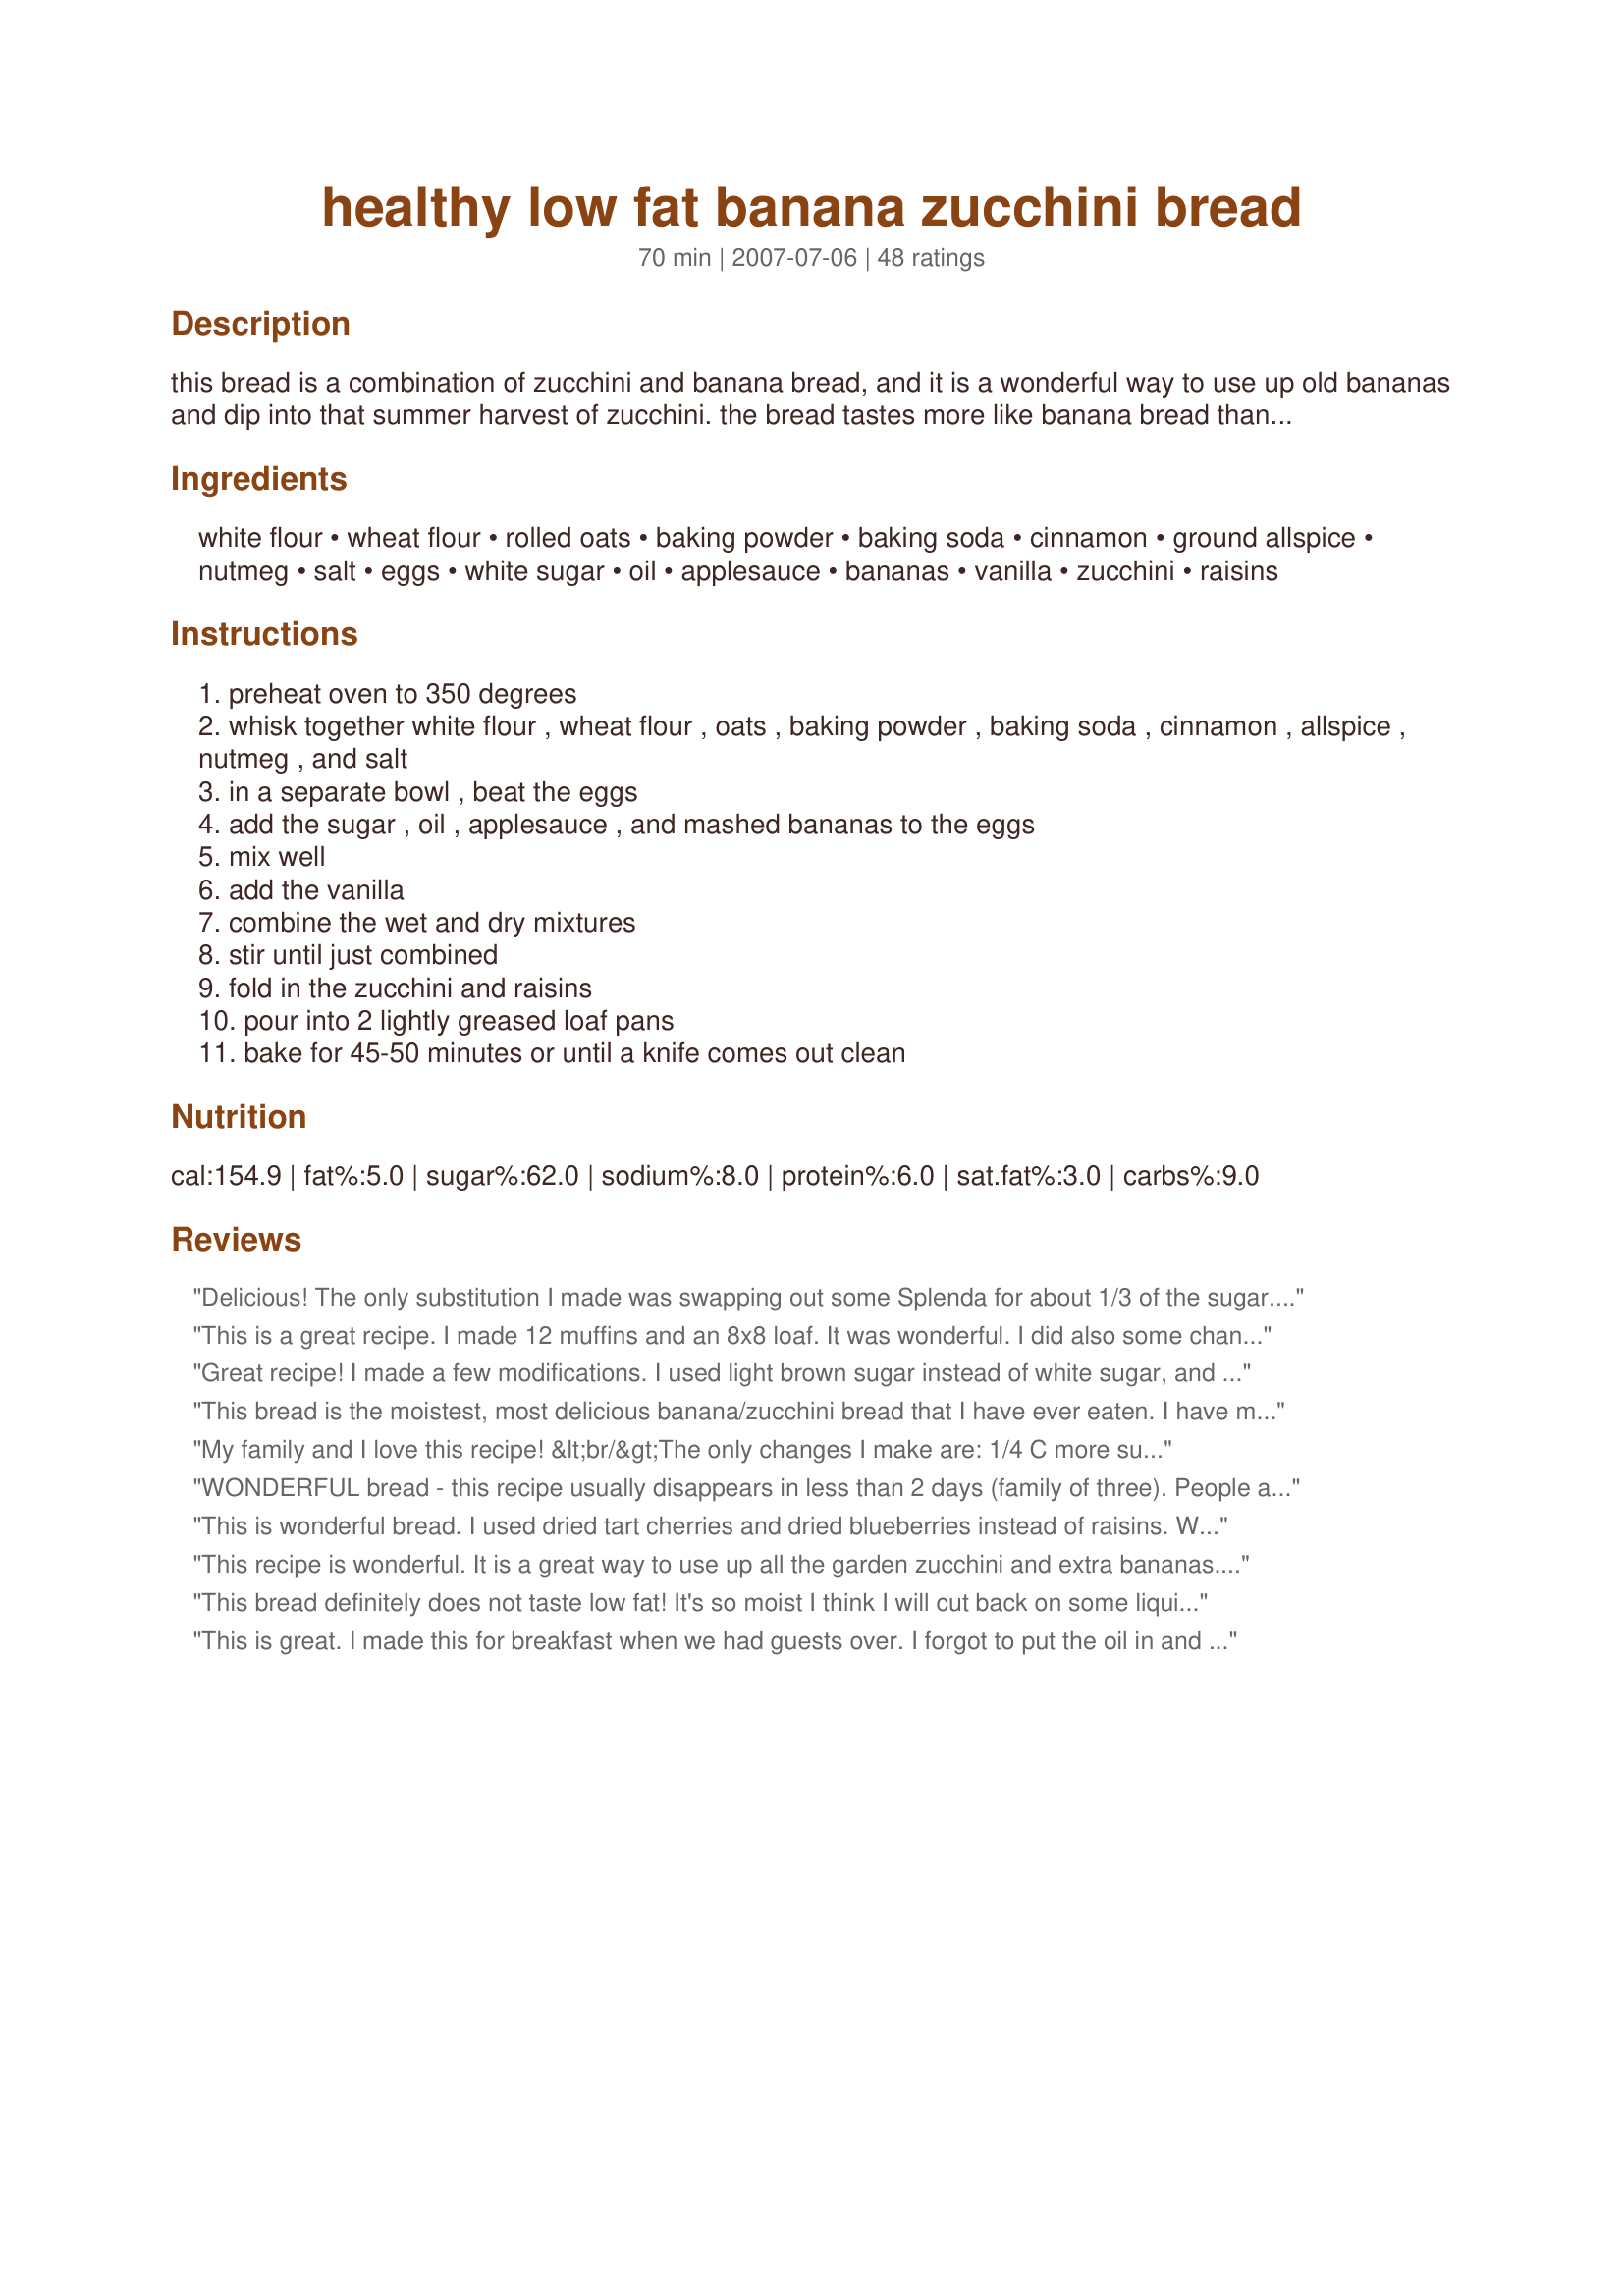
healthy low fat banana zucchini bread
Preparation time: 70 minutes

this bread is a combination of zucchini and banana bread, and it is a wonderful way to use up old bananas and dip into that summer harvest of zucchini. the bread tastes more like banana bread than zucchini bread, but it has the added nutritional benefits of vegetables. this bread is lower in fat that the standard banana/zucchini bread because applesauce replaces some of the oil in the recipe. still using some oil, however, will prevent the bread from getting rubbery. experiment by using pumpkin instead of bananas during the autumn months or by adding walnuts and dates! this recipe makes 2 loaves. enjoy!

Ingredients:
white flour, wheat flour, rolled oats, baking powder, baking soda, cinnamon, ground allspice, nutmeg, salt, eggs, white sugar, oil, applesauce, bananas, vanilla, zucchini, raisins

Steps:
preheat oven to 350 degrees
whisk together white flour , wheat flour , oats , baking powder , baking soda , cinnamon , allspice , nutmeg , and salt
in a separate bowl , beat the eggs
add the sugar , oil , applesauce , and mashed bananas to the eggs
mix well
add the vanilla
combine the wet and dry mixtures
stir until just combined
fold in the zucchini and raisins
pour into 2 lightly greased loaf pans
bake for 45-50 minutes or until a knife comes out clean

Reviews:
Delicious! The only substitution I made was swapping out some Splenda for about 1/3 of the sugar.... and I forgot the vanilla. Used raisins and chopped pecans, combined to make 1 cup. So moist and delicious!!!! Will definitely make again!
This is a great recipe. I made 12 muffins and an 8x8 loaf. It was wonderful. I did also some changes; I too used whole wheat for the whole recipe, I didn't have an ripe bananas, so I used 2 ripe plantains, I only had about 1 1/4 cup of zucchini, about 1/4 cup applesauce, and I used 4 large eggs. It only took about 30 minutes too cook. And I could have taken it out sooner. It takes best with a 10 zap in the microwave. Oh yeah I also added some 1/2 cup plain Greek yogurt for the lack of zucchini and plantains and to ensure it was moist. (I would have used sour cream, but that was low too). All and all I really like this recipe!
Great recipe! I made a few modifications. I used light brown sugar instead of white sugar, and substituted 2 tbsp ground flax seed and 6 tbsp water for two of the eggs in the recipe. I also added in two shredded carrots. The one modification I made that I probably won't do next time was a reduction in salt. I only added about 1/2 of a teaspoon. Still tastes great, but the full teaspoon of salt is probably needed. Great and healthy breakfast for my family.
This bread is the moistest, most delicious banana/zucchini bread that I have ever eaten. I have made this recipe (doubled)four times within last 2 weeks. College kids love it because it's lo-fat and most definitely does not taste lo-fat. It's a great way to use up over-ripe bananas and extra large zucchini(remove outer skin and seedy pulp,and chop in a food processor. As a change, I add 1/2 cup Craisins and 1/2 cup walnuts (instead of 1 cup of raisins). Thank you -this recipe is a keeper!
My family and I love this recipe! &lt;br/&gt;The only changes I make are: 1/4 C more sugar, plus, I add: shaved coconut, walnuts, chocolate chunks and flax seed. This makes the bread even healthier!
WONDERFUL bread - this recipe usually disappears in less than 2 days (family of three). People are always surprised when I tell them this bread is lowfat and contains whole grains. I make them into mini breads (usually needs the full baking time). I prefer 1/2 + cup of chocolate chips, 1/2 c walnuts, and omit the raisins. Great use of leftover bananas and zucchini.
This is wonderful bread. I used dried tart cherries and dried blueberries instead of raisins. Will make this again.
This recipe is wonderful. It is a great way to use up all the garden zucchini and extra bananas. I tried it with raisins and walnuts. It was extremely moist. Next I might try it as muffins with a crumb topping!
This bread definitely does not taste low fat! It's so moist I think I will cut back on some liquid next time, maybe squeeze the liquid out of the zucchini before baking. I added about 1 1/2 cups very ripe bananas and cut the oil to 3 tbs. I love the texture from the oats! I added chocolate chips to one loaf. One thing was, the top was getting very dark before the center was cooked so I covered it with foil for the last 10 minutes. Thanks!
This is great. I made this for breakfast when we had guests over. I forgot to put the oil in and we could not tell. This is a great recipe to help me clean out the zucchini and bananas out of the freezer. We mad one regular loaf and 3 smaller loaves. Worked great!
Hi! I have made this recipe many many times over the last few years and our entire family loves it, including the 5-year old! I have taken it through many iterations based on whatever dietary change I'm going for and the taste is always wonderful. I'm currently on a no-dairy, little-to-no wheat kick, so I've altered the recipe using brown rice flour, ground flax water instead of eggs, applesauce agave nectar additional banana instead of oil and sugar. I haven't used any other recipe since finding this one, thank you so much for including it!!
Very good, I added a few chocolate chips to entice the kids.
I made 3 different zucchini bread recipes this weekend...and this was definitely the best of the bunch! Great flavor, very moist and hands-down the best. It was very good fresh out of the oven. I especially like that there isn't a CUP of OIL in this recipe! (like most other recipes for zucchini bread.) It was a tiny bit rubbery - but that is a small trade-off - for a MUCH healthier final product.
This was a good solid base bread that stood up well to the changes I made to make it even healthier. Something I did notice was that it was cooked perfectly at 35 minutes. I divided the batter between pampered chef full size and 2 mini stone loaf pans. On a whim, I used a raisin based snack mix (Fisher brand) for the additive and that was lots of fun...something different in every bit and yet it worked.
Thanks for taking the time to post this one! I'll definately make it again!
Wow, this was good! I used craisins. Loved the texture with the oats and the fruit. I had to make a home-made applesauce because DH ate all the jarred stuff, but it was really great. I only used 1 C of sugar since my bananas were REALLY ripe, and I only used about 1-1/2 T oil. I'll make this again!
Oops, I forgot to add the oil. I made these into muffins (I got 21), and I thought that these would be ruined. They were fantastic, and I saved 500 calories by not adding the oil. I did make sure not to overbake them, and I also put them into the freezer once they were cool to help prevent drying them out. One other change I made was to use 1/4 brown sugar and about 3/4 cup splenda. I also used eggbeaters - 286 calroies for 4 eggs vs. only 120 calories for 1 cup of eggbeaters. With my changes and accidental ommission, I've got these pegged at 108.9 calories each, and two of these make a very flling breakfast! I'll be making these again soon, and maybe switching out the raisins for dried cranberries and adding some orange extract. Yum!
Very good, I have made this many times. Cut back on sugar to 1/2 cup+1/2 cup bronw sugar blend from splenda. If you like add 1/2 cup of coconut flakes.
This is a tasty recipe. I made4 muffins and only cooked 22 minutes. Perfect. Good flavors. I added about 1/4 raw chia seeds to batter and sub&#039;d the yogurt for the oil/applesauce and whole wheat flour for white; sprinkled chia seeds on top. Loaf of Bread is in the oven now. This recipe has a heavy consistency to me. Nicely browned all around.
Love it! The only thing I changed is I used 2/3 c. sugar and 1/3 c. agave nectar instead of 1 1/4 c. of sugar. It still tasted pretty sweet, so I'll reduce it even more next time I make it. But what a yummy bread!!! And so healthy! Thank you!
I made this recipe into one (shorter) loaf and 12 muffins and they turned out great. I cooked the muffins for 20 minutes and the loaf for about 35. I made a few tweaks based on what I had on hand and to make it a bit healthier. I used 1 1/2 cups whole wheat flour and 1/2 cup white, subbed out the oil and applesauce for 1 cup of regular plain yogurt (didn't have Greek but regular did the trick!), only used cinnamon of the three spices and added a dash of extra vanilla, cut the sugar to 1/2 cup, and added chocolate chips and frozen blueberries to make up some sweetness :) I used 3 1/2 bananas instead as I had extra on hand that needed to be used. I didn't add raisins but did use walnuts. Turned out really moist and delicious, would definitely make this way again!
I absolutely loved this banana zucchini. Didn't taste low-fat at all, it was very moist, and very flavorful. I used fresh spices on this (Never used old spices in anything) and 1/2 cup raisins and 1/2 chopped walnuts! Delicious and I'll definitely make this one again!
This bread is the best! I used 1 cup of granulated Splenda in place of the sugar and it came out great! A friend added 2 scoops of whey protien powder (vanilla) and backed off the sugar a bit to give it more protein. I also made a pan of muffins and one loaf to make it easier to share. As a gardener, I need recipes that use up all my zucchini! Enjoy!!!
Awesome! Very moist, flavorful, but not overwlemingly sweet. I served them to my family as muffins, and all 16 of us enjoyed them! Thank you!
YUMMY!!! I used cinnamon flavored applesauce, only one cup of zucchini (all I had), an extra half of banana, instant oats and walnuts and I think it turned out to be one of the best banana breads I've ever had! And I don't feel guilty eating it :)
I had bananas and zucchini to use up so this was the perfect recipe! I did make 2 loaves, but used mini choc chips for one & regular choc chips for the other. I preferred the one with regular choc chips; gave it a rich flavor while still being packed with veggies & fruit! I only used cinnamon; omitted the other spices--and about 1 1/2 cups mashed bananas. I squeezed the moisture out of the zucchini, which I think is very helpful, and used Eggbeaters as well! It didn't rise as high as I'd like but other than that it was great. thank you for sharing!
This is a very good bread! I had 3 over-ripe bananas and a yellow zucchini that gave me just slightly over the 2 cups needed. I reduced the sugar to 3/4 cup, and only used 3 eggs (figured the batter was wet enough from the extra banana and zucchini). I love the texture of the oats in this bread, too. The loaves were dense & moist; next time I think I will use the additional egg (or egg subsitute), and sprinkle cinnamon sugar on top before baking. Delicious! Thanks for posting -M =)
Very moist cake. I also made a couple of modifcations I only used two whole eggs and egg whites and no allspice but doubled the cinnamon. I might try a few of the mods listed in reviews next time. This is a keeper.
I thought this was great even with the mods I made to make it even more healthy, so I am sure if made as written it would be fabulous! The changes I made were to use all whole wheat pastry flour, cut the sugar to 1 cup, added extra cinnamon, subbed flaxmeal + water for eggs and skipped the oil in favor of an extra banana. I actually thought it tasted more ;ike zucchini than banana bread, but either way it's very moist and yummy!
This is a great recipe. Growing up, we always had zucchini bread with pineapple in it, so I substituted 1 canned of crushed pineapple, drained, for the apple sauce. I also only had one very ripe banana, so that's all I put in. Came out very tasty!
Delicious! I omitted all spices, and used about 1/2 cup both brown and white sugar and used crooked neck squash. It's not a strong banana or squash flavor, it's a combination of both. I plan on making this again, it's a healthy-ish and yummy way to use of all that squash
I&#039;ve made this recipe several times now and it is my favorite zucchini bread recipe. It has amazing flavor and turns out perfectly moist without being oily. I am always searching for delicious healthy recipes and I&#039;m very happy that this was shared. It is a keeper!
This bread is excellent. I wanted something I could use to sneak some nutrition down my 2 year old grandson. I changed it a little bit, cut down sugar to 1 cup, substituted 1 C. of plain greek yogurt for the oil and applesauce, and only used 1 banana. It's so delicious! I doubled the batch to freeze some to send home with my daughter! Can't go wrong with this!
I have made this 3-4 times now and every time it is absolutely delicious! Everyone who tries this bread, loves it. I made a few substitutions in mine, but I'm sure as written would be just as good. I use spelt flour and brown rice flour in place of the whole wheat and white flour. I omitted the allspice and doubled the cinnamon. I also added an extra banana. So moist I love this bread! Oh... and I also substituted 1/2 cup plain greek-style yogurt in place of the oil.
YUM. This bread turned out GREAT! Despite the fact that I didn't have applesauce, baking soda, allspice, or nutmeg. I used flax seed oil for the oil, and I added a 1/3c. of crushed flax seed as well. I used all white whole wheat flour, and used an extra banana in place of my lack of applesauce. I was really surprised how much the loaves rose too! So so so good. Thanks for the recipe! :)
I made this as a loaf and as muffins. I liked that it was not overly sweet. The texture was great, I didn't feel it was rubbery at all and I especially liked the texture the oatmeal added. I did sub butter for oil and omitted the allspice. This is a recipe I will use again.
This was really good. Skipped the raisins because I didn't have any. Great flavor.
Super Tasty! I cut down on the sugar and replaced with honey. We give it 5 STARS! :)
This was so delicious! I used an extra banana and less apple sauce to use up some extra bananas, I also reduced the sugar to 3/4 cup and next time I make it i might even reduce it to 1/2 cup. I made the recipe into muffins and it made 30 of them.
The first time I made this, I made it exactly as written. The second time I made it, I followed the suggestions of another review. I used ALL whole wheat flour, and used 1 cup of plain Greek no fat yogurt in place of the oil and applesauce. Plus I used 3 bananas, extra vanilla, extra cinnamon, and 3 whole eggs and 1 egg white. I used 1 cup of sugar and put vanilla almond cereal crumbled up on top. Due to personal preference, I omitted the raisins, nuts, and the other 2 spices besides the cinnamon. Both versions were good so I&#039;ll probably make it again doing it the second way which was even more healthy.
Very tasty alternative to a fatter banana bread. I used 1/2 cup Splenda and 1/2 cup brown sugar as white sugar substitute. I also used Craisins, but no walnuts (wife allergic). Good bread!
This was really good, stayed moist for quite a few days and tasted lovely, both kids enjoyed..I did cut back on the sugar as my bananas were very ripe and used both coconut oil &amp; coconut sugar for more nutrition. Loved it, thanks for posting!
Very Yummy! The texture turned out great! I used quick oats, ww pastry flour, and just walnuts. To the flour mixture I added some ground flaxseed. Next time, I am going to try it with egg beaters. Great recipe! Thank you!
Used only whole wheat flour for my muffins. Substituted the oil for my latest miracle ingredient....Plain Non-Fat Greek Yogurt! 1 cup of yogurt instead of the oil/applesauce combo. Less calories, less sugar, and mega protein! I used only 1/2 cup sugar. I will try adding an extra banana and completely omitting extra sugar next time. I used cranberries so that upped the sweetness. Also added 1/2 cup ground flax seed. AND since everyone loves a crunchy topping on their muffin, but streusel is sooo not healthy.... I used Kashi GoLean Crunch on top! Just crushed it a little bit smaller. Again a little bit of extra protein :-) Baked 25 minutes, rotating pan halfway through. Made 24 muffins.
Made it. Ate it. Loved it. It&#039;s a keeper! It isn&#039;t often we have every single ingredient for such a recipe, and considering there were multiple ingredients, I was thrilled. I used golden raisins, which gave it a light look, and a pleasant taste. The breads turned out absolutely fabulous. My concern was the oatmeal, thinking it might make the bread dry. Quite the contrary. This recipe will be printed and will stay in my frequently used files. Thank you!
This is a no fail recipe, TRUE!
LOVE is love fat, healthy for me too!
TERRIFIC smells invaded my kitchen today!
This recipe really MADE MY DAY!
Wow, this bread was mmm mmm good. I followed the recipe with a couple of minor changes. I used granulated splenda for baking, egg whites instead of eggs, 1/2 c. raisins with 1/2 c. chopped pecans. This bread turned out really moist and delicious. Thanks Chef-girl-OV!
So yummy! The changes I made were purely due to lack of certain ingredients, but they (I made cupcakes instead of loaves) turned out delicious! I used all unbleached white flour, subbed one cup of pumpkin pur&eacute;e for one zucchini, used 3/4 cup coconut oil and no applesauce, and subbed 2t of pumpkin pie spice for all the spices. I also added a cup of chopped medjool dates that had been soaking in cold water for awhile. Made 12 regular sized muffins and 15 mini muffins. Delicious!
Followed exactly except instead of apple sauce used apple-butter that's what I had on hand. Oh and an extra half of a banana. Sprinkled sugar in the raw on top. Thanks for a fun kid friendly muffin!
